Civil Veterinary Dept. Bombay admin report 1932-41 - 1932-1941
Year: 1932
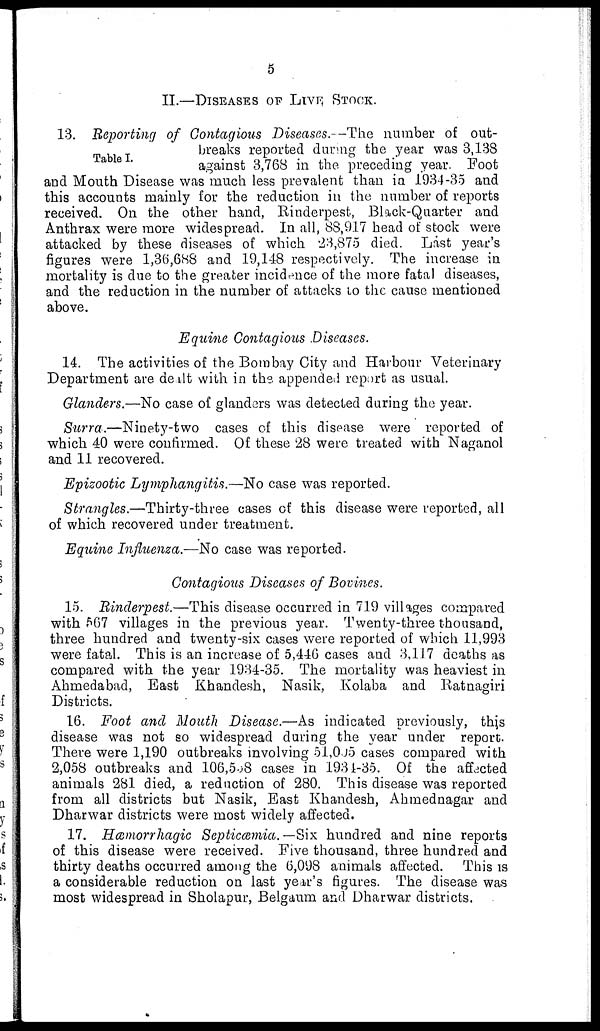
5
II.—DISEASES OF LIVE STOCK.
Table I.
13. Reporting of Contagious Diseases.—The number of out-
breaks reported during the year was 3,138
against 3,768 in the preceding year. Foot
and Mouth Disease was much less prevalent than in 1934-35 and
this accounts mainly for the reduction in the number of reports
received. On the other hand, Rinderpest, Black-Quarter and
Anthrax were more widespread. In all, 88,917 head of stock were
attacked by these diseases of which 23,875 died. Last year's
figures were 1,36,688 and 19,148 respectively. The increase in
mortality is due to the greater incidence of the more fatal diseases,
and the reduction in the number of attacks to the cause mentioned
above.
Equine Contagious Diseases.
14. The activities of the Bombay City and Harbour Veterinary
Department are dealt with in the appended report as usual.
Glanders.—No case of glanders was detected during the year.
Surra.—Ninety-two
cases of this disease were reported of
which 40 were confirmed. Of these 28 were treated with Naganol
and 11 recovered.
Epizootic Lymphangitis.—No case was reported.
Strangles.—Thirty-three cases of this disease were reported, all
of which recovered under treatment.
Equine Influenza.—No case was reported.
Contagious Diseases of Bovines.
15. Rinderpest.—This disease occurred in 719 villages compared
with 567 villages in the previous year. Twenty-three thousand,
three hundred and twenty-six cases were reported of which 11,993
were fatal. This is an increase of 5,446 cases and 3,117 deaths as
compared with the year 1934-35. The mortality was heaviest in
Ahmedabad, East Khandesh, Nasik, Kolaba and Ratnagiri
Districts.
16. Foot and Mouth Disease.—As indicated previously, this
disease was not so widespread during the year under report.
There were 1,190 outbreaks involving 51,005 cases compared with
2,058 outbreaks and 106,538 cases in 1934-35. Of the affected
animals 281 died, a reduction of 280. This disease was reported
from all districts but Nasik, East Khandesh, Ahmednagar and
Dharwar districts were most widely affected.
17. Hæmorrhagic Septicæmia.—Six hundred and nine reports
of this disease were received. Five thousand, three hundred and
thirty deaths occurred among the 6,098 animals affected. This is
a considerable reduction on last year's figures. The disease was
most widespread in Sholapur, Belgaum and Dharwar districts.